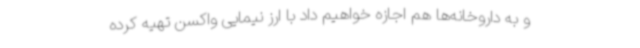
و به داروخانه‌ها هم اجازه خواهیم داد با ارز نیمایی واکسن تهیه کرده